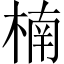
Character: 楠